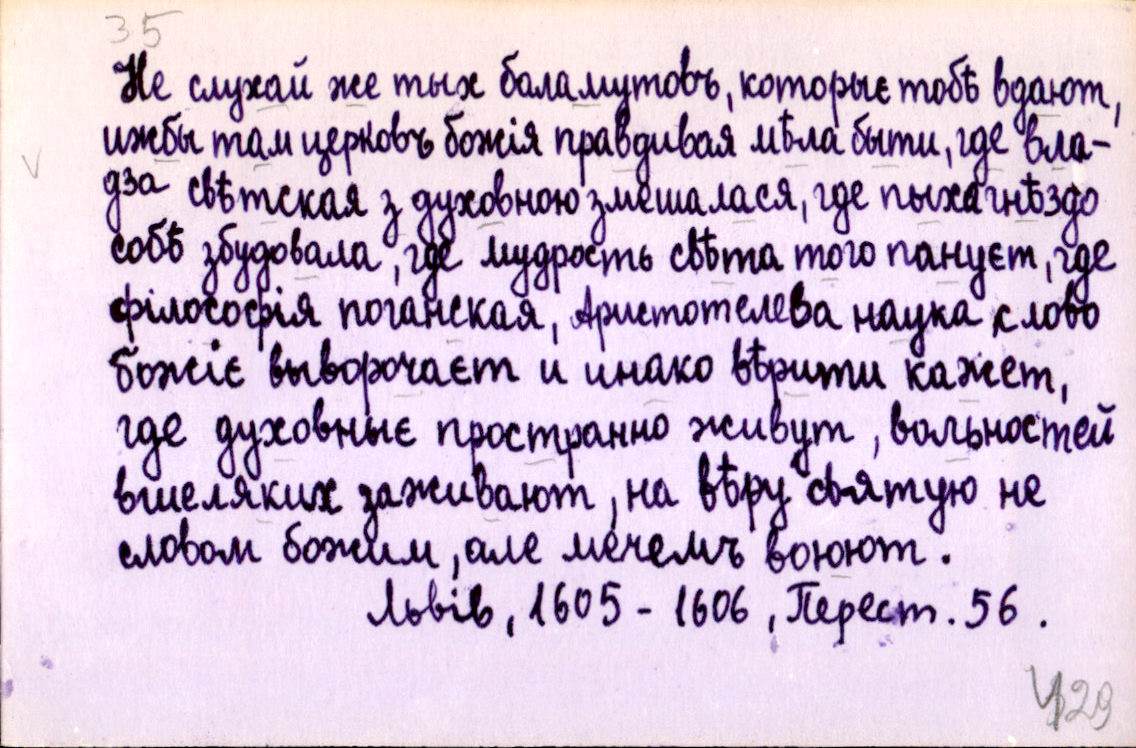
Не слухай же тых баламутовъ, которыє тобѣ вдают,
ижбы там церковъ божія правдивая мѣла быти, где вла-
дза свѣтская з духовною змешалася, где пыха гнѣздо
собѣ збудовала, где мудрость свѣта того пануєт, где
філософія поганская, Аристотелева наука слово
божіє выворочаєт и инако вѣрити кажет,
где духовныє пространно живут, вольностей
вшеляких заживают, на вѣру святую не
словом божим, але мечемъ воюют.
Львів, 1605-1606, Перест. 56.